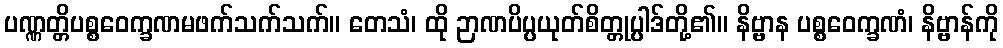
ပဏ္ဏတ္တိပစ္စဝေက္ခဏမဖက်သက်သက်။ တေသံ၊ ထို ဉာဏပိပ္ပယုတ်စိတ္တုပ္ပါဒ်တို့၏။ နိဗ္ဗာန ပစ္စဝေက္ခဏံ၊ နိဗ္ဗာန်ကို